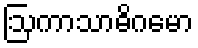
ဩကာသာဓိဂမော